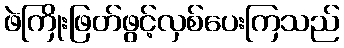
ဖဲကြိုးဖြတ်ဖွင့်လှစ်ပေးကြသည်